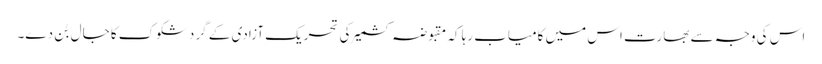
اس کی وجہ سے بھارت اس میں کامیاب رہا کہ مقبوضہ کشمیر کی تحریکِ آزادی کے گردشکوک کا جال بُن دے۔